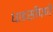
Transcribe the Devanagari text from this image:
धाडसीपणे